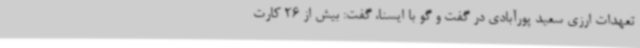
تعهدات ارزی سعید پورآبادی در گفت و گو با ایسنا، گفت: بیش از 26 کارت